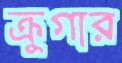
ক্রুগার